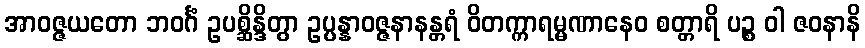
အာဝဇ္ဇယတော ဘဝင်္ဂံ ဥပစ္ဆိန္ဒိတွာ ဥပ္ပန္နာဝဇ္ဇနာနန္တရံ ဝိတက္ကာရမ္မဏာနေဝ စတ္တာရိ ပဉ္စ ဝါ ဇဝနာနိ